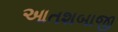
આતશબાજી